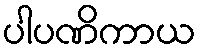
ပါပဏိကာယ